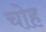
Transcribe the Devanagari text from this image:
चोह